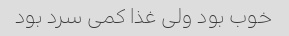
خوب بود ولی غذا کمی سرد بود